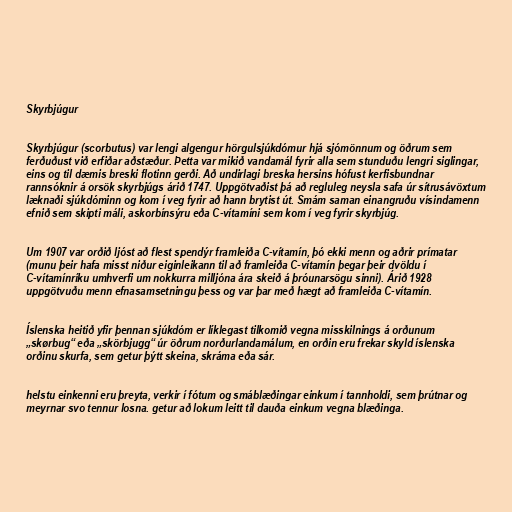
Skyrbjúgur

Skyrbjúgur (scorbutus) var lengi algengur hörgulsjúkdómur hjá sjómönnum og öðrum sem
ferðuðust við erfiðar aðstæður. Þetta var mikið vandamál fyrir alla sem stunduðu lengri siglingar,
eins og til dæmis breski flotinn gerði. Að undirlagi breska hersins hófust kerfisbundnar
rannsóknir á orsök skyrbjúgs árið 1747. Uppgötvaðist þá að regluleg neysla safa úr sítrusávöxtum
læknaði sjúkdóminn og kom í veg fyrir að hann brytist út. Smám saman einangruðu vísindamenn
efnið sem skipti máli, askorbínsýru eða C-vítamíni sem kom í veg fyrir skyrbjúg.

Um 1907 var orðið ljóst að flest spendýr framleiða C-vítamín, þó ekki menn og aðrir prímatar
(munu þeir hafa misst niður eiginleikann til að framleiða C-vítamín þegar þeir dvöldu í
C-vítamínríku umhverfi um nokkurra milljóna ára skeið á þróunarsögu sinni). Árið 1928
uppgötvuðu menn efnasamsetningu þess og var þar með hægt að framleiða C-vítamín.

Íslenska heitið yfir þennan sjúkdóm er líklegast tilkomið vegna misskilnings á orðunum
„skørbug“ eða „skörbjugg“ úr öðrum norðurlandamálum, en orðin eru frekar skyld íslenska
orðinu skurfa, sem getur þýtt skeina, skráma eða sár.

helstu einkenni eru þreyta, verkir í fótum og smáblæðingar einkum í tannholdi, sem þrútnar og
meyrnar svo tennur losna. getur að lokum leitt til dauða einkum vegna blæðinga.